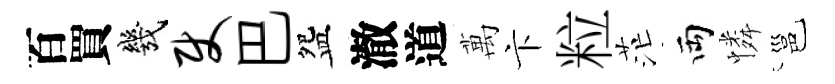
百買幾使巴盌澈道萬卞粒茫両憐邕